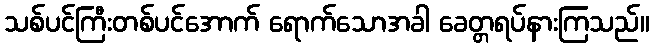
သစ်ပင်ကြီးတစ်ပင်အောက် ရောက်သောအခါ ခေတ္တရပ်နားကြသည်။